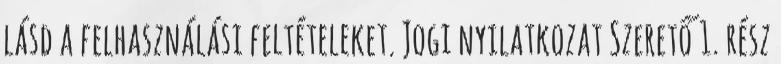
lásd a felhasználási feltételeket. Jogi nyilatkozat Szerető 1. rész